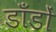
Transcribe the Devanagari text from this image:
डाँडों